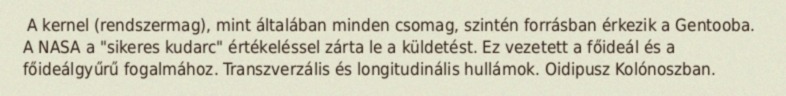
A kernel (rendszermag), mint általában minden csomag, szintén forrásban érkezik a Gentooba. A NASA a "sikeres kudarc" értékeléssel zárta le a küldetést. Ez vezetett a főideál és a főideálgyűrű fogalmához. Transzverzális és longitudinális hullámok. Oidipusz Kolónoszban.